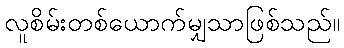
လူစိမ်းတစ်ယောက်မျှသာဖြစ်သည်။